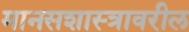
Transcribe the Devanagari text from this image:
मानसशास्‍त्रावरील